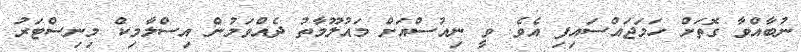
ނުބާއްވާ ގޮތަށް ހަމަޖައްސައިފި އެވެ. ވީ ނިއުސްއަށް މައުލޫމާތު ދެއްވަމުން އިސްލާމިކް މިނިސްޓަރު